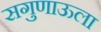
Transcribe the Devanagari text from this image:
सगुणाऊला